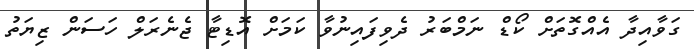
ގަވާއިދާ އެއްގޮތަށް ކޯޑް ނަމްބަރު ދެވިފައިނުވާ ކަމަށް އޮޑިޓާ ޖެނެރަލް ހަސަން ޒިޔަތު